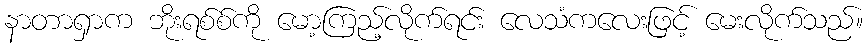
နာတာရှာက ဘိုးရစ်စ်ကို မော့ကြည့်လိုက်ရင်း လေသံကလေးဖြင့် မေးလိုက်သည်။